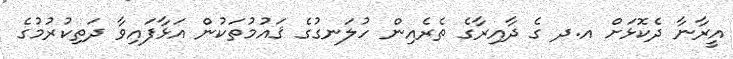
އީރާނާ ދެކޮޅަށް އ.ދ ގެ ދާއިރާގެ ތެރެއިން ހުލަނގުގެ ޤައުމުތަކުން އަޅާފައިވާ ދަތިކުރުމުގެ